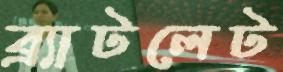
ব্র্যাটলেট